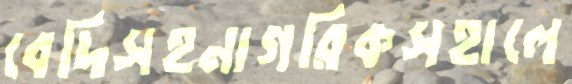
বেদিসহনাগরিকসহালে